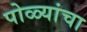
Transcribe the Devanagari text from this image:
पोळ्यांचा